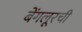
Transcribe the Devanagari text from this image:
बेंगलूरची